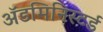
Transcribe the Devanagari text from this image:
ॲडमिनिस्टर्ड